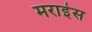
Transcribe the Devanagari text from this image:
मराइंस